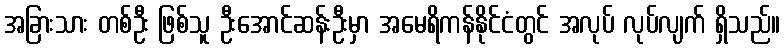
အခြားသား တစ်ဦး ဖြစ်သူ ဦးအောင်ဆန်းဦးမှာ အမေရိကန်နိုင်ငံတွင် အလုပ် လုပ်လျက် ရှိသည်။